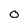
Character: O